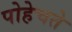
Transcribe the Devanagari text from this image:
पोहेचते